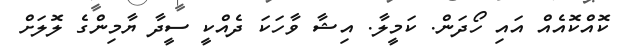
ކޮއްކޮއެއް އައި ހޯދަން. ކަމީލާ. އިޝާ ވާހަކަ ދެއްކީ ސީދާ ޔާމިންގެ ލޮލަށް